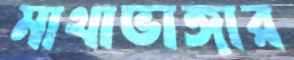
মাথাভাঙ্গার